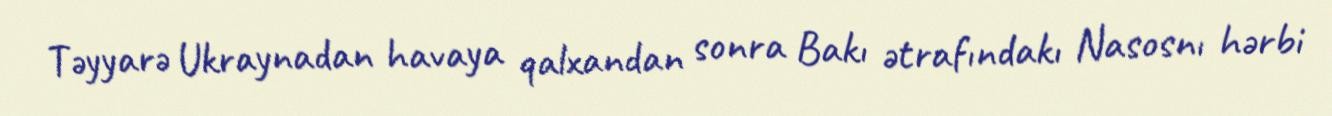
Təyyarə Ukraynadan havaya qalxandan sonra Bakı ətrafındakı Nasosnı hərbi